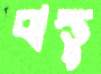
বাস্তু